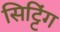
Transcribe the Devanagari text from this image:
सिट्टिंग